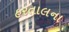
હરતાલના